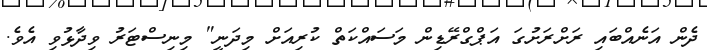
ދެން އަނެއްބައި ރަށްރަށުގަ އަޕްގްރޭޑިން މަސައްކަތް ކުރިއަށް މިދަނީ" މިނިސްޓަރު ވިދާޅުވި އެވެ.